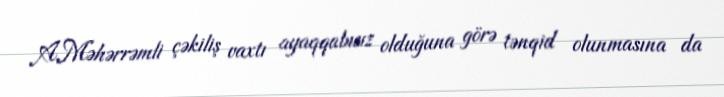
A.Məhərrəmli çəkiliş vaxtı ayaqqabısız olduğuna görə tənqid olunmasına da